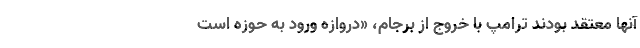
آنها معتقد بودند ترامپ با خروج از برجام، «دروازه ورود به حوزه است